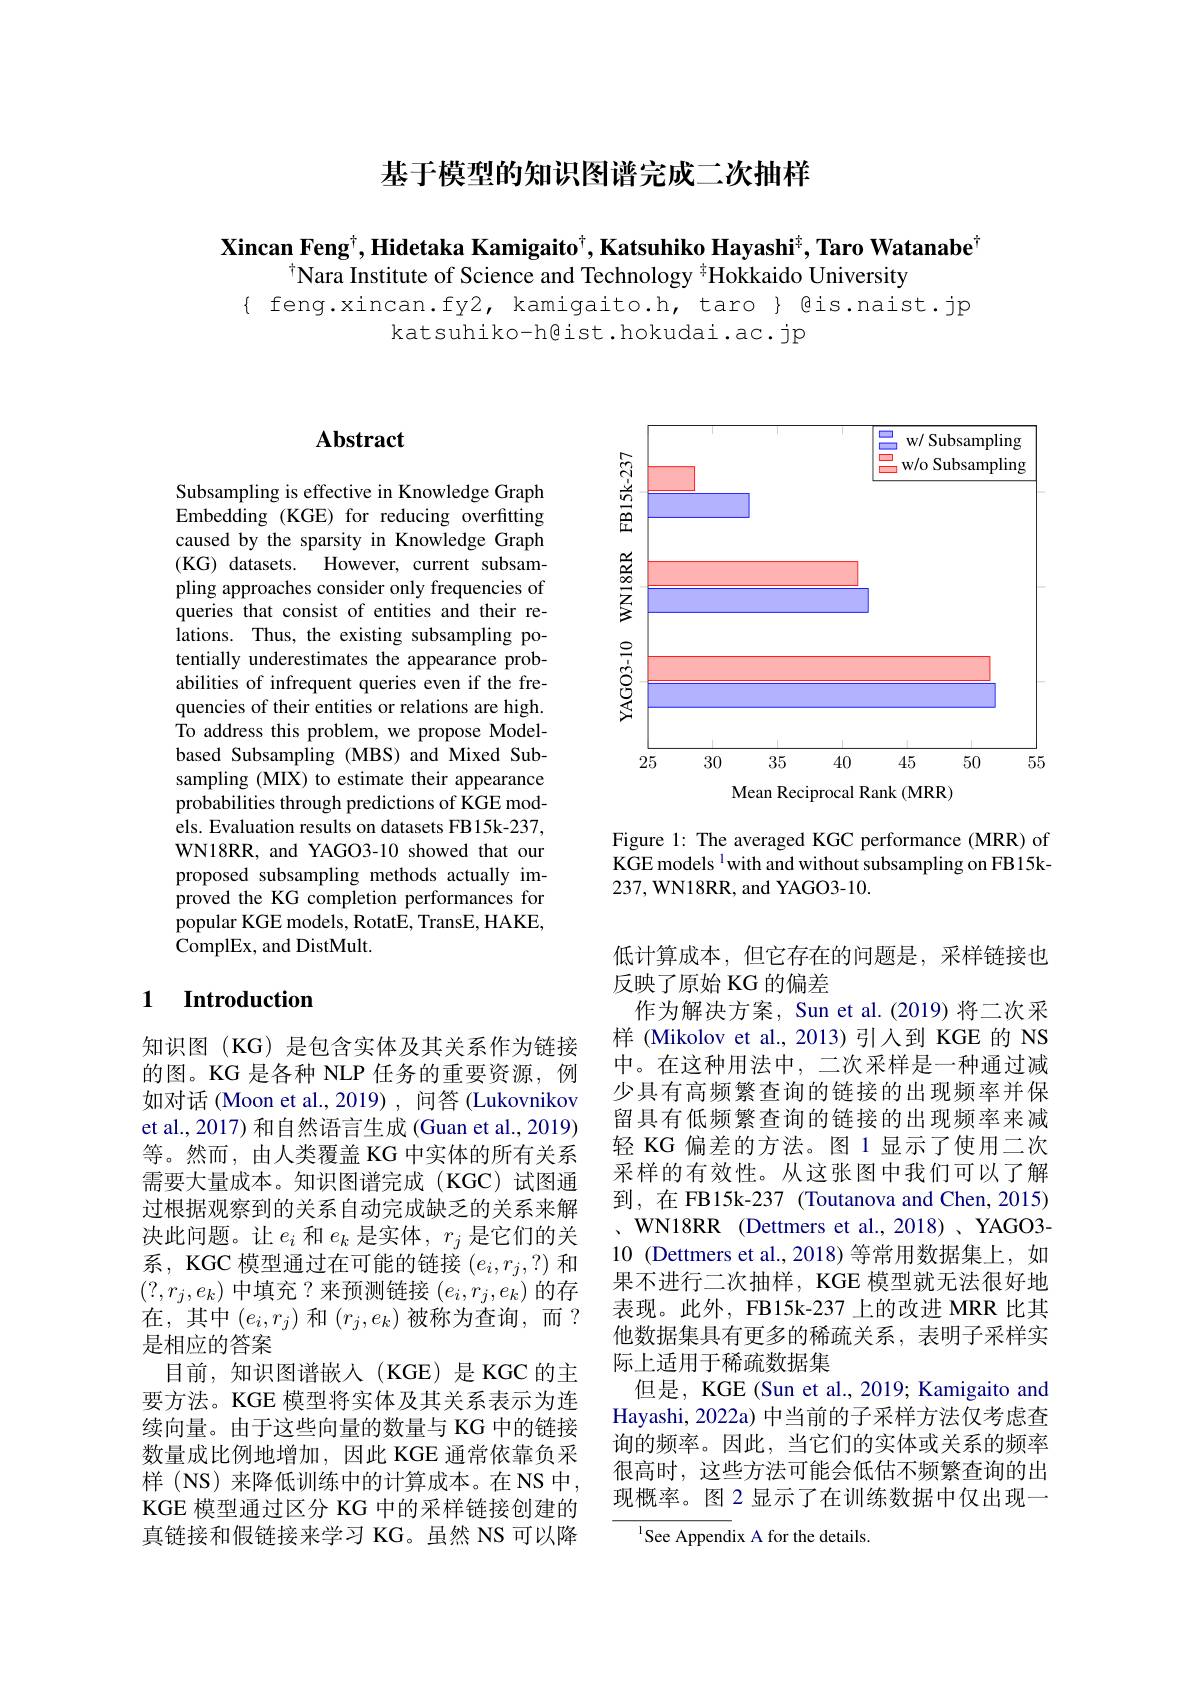
基于模型的知识图谱完成二次抽样

Xincan Feng$^\dagger$,Hidetaka Kamigaito$^\dagger$,Katsuhiko Hayashi$^\dagger$, Taro Watanabe$^\dagger$
$^{\dagger}$Nara Institute of Science and Technology $^{\frac{1}{7}}$Hokkaido University
{ feng.xincan.fy2, kamigaito.h, taro } @is.naist.jp
katsuhiko-h@ist.hokudai.ac.jp

# Abstract

Subsampling is effective in Knowledge Graph Embedding (KGE) for reducing overfitting caused by the sparsity in Knowledge Graph (KG) datasets. However, current subsampling approaches consider only frequencies of queries that consist of entities and their relations. Thus, the existing subsampling potentially underestimates the appearance probabilities of infrequent queries even if the frequencies of their entities or relations are high. To address this problem, we propose Modelbased Subsampling (MBS) and Mixed Subsampling (MIX) to estimate their appearance probabilities through predictions of KGE models. Evaluation results on datasets FB15k-237, WN18RR, and YAGO3-10 showed that our proposed subsampling methods actually improved the KG completion performances for ${\mathrm{popular~KGE~models,~RotatE,~TransE,~HAKE,}}$ ComplEx, and DistMult.

### 1 $\textbf{Introduction}$

知识图(KG)是包含实体及其关系作为链接的图。KG 是各种 NLP 任务的重要资源，例如对话(Moon et al.,2019),问答(Lukovnikov et al., 2017) 和自然语言生成 (Guan et al., 2019) 等。然而，由人类覆盖 KG 中实体的所有关系需要大量成本。知识图谱完成(KGC)试图通过根据观察到的关系自动完成缺乏的关系来解决此问题。让$e_i$ 和$e_k$ 是实体，$r_j$ 是它们的关系，KGC 模型通过在可能的链接$(e_i,r_j,?)$和$(?,r_j,e_k)$中填充？来预测链接$(e_i,r_j,e_k)$的存在，其中$(e_i,r_j)$ 和$(r_j,e_k)$被称为查询，而？ 是相应的答案
目前，知识图谱嵌入(KGE)是 KGC 的主要方法。KGE 模型将实体及其关系表示为连续向量。由于这些向量的数量与 KG 中的链接数量成比例地增加，因此 KGE 通常依靠负采样 (NS) 来降低训练中的计算成本。在 NS 中， KGE 模型通过区分 KG 中的采样链接创建的真链接和假链接来学习 KG。虽然 NS 可以降

<FigureHere>

Figure 1: The averaged KGC performance (MRR) of $\mathrm{KGE~models~}^{1}$with and without subsampling on FB15k- $237,\mathbf{WN18RR}$,and YAGO3-10.

低计算成本，但它存在的问题是，采样链接也
反映了原始 KG 的偏差
作为解决方案，Sun et al.(2019) 将二次采样 (Mikolov et al., 2013)引入到 KGE 的 NS 中。在这种用法中，二次采样是一种通过减少具有高频繁查询的链接的出现频率并保留具有低频繁查询的链接的出现频率来减轻 KG 偏差的方法。图 1 显示了使用二次采样的有效性。从这张图中我们可以了解到，在 FB15k-237 (Toutanova and Chen, 2015) 、 WN18RR ( Dettmers et al. , 2018) , YAGO3- 10 (Dettmers et al.,2018) 等常用数据集上，如果不进行二次抽样，KGE 模型就无法很好地表现。此外，FB15k-237 上的改进 MRR 比其他数据集具有更多的稀疏关系，表明子采样实际上适用于稀疏数据集
但是，KGE (Sun et al., 2019; Kamigaito and Hayashi, 2022a) 中当前的子采样方法仅考虑查询的频率。因此，当它们的实体或关系的频率很高时，这些方法可能会低估不频繁查询的出现概率。图 2 显示了在训练数据中仅出现一
$^{1}$See Appendix A for the details.